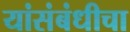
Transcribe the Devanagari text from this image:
यांसंबंधीचा